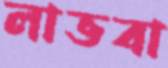
লাভবা